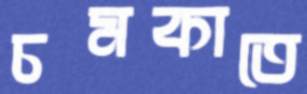
চমকাতে